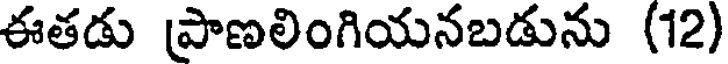
ఈతడు ప్రాణలింగియనబడును (12)